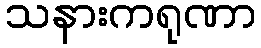
သနားကရုဏာ